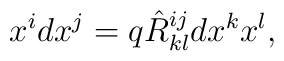
x^idx^j=q\hat R^{ij}_{kl}dx^k x^l  ,